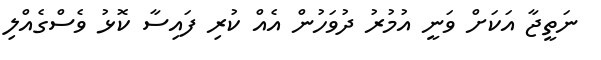
ނަތީޖާ އަކަށް ވަނީ އުމުރު ދުވަހުން އެއް ކުރި ފައިސާ ކޮޅު ވެސްގެއްލި